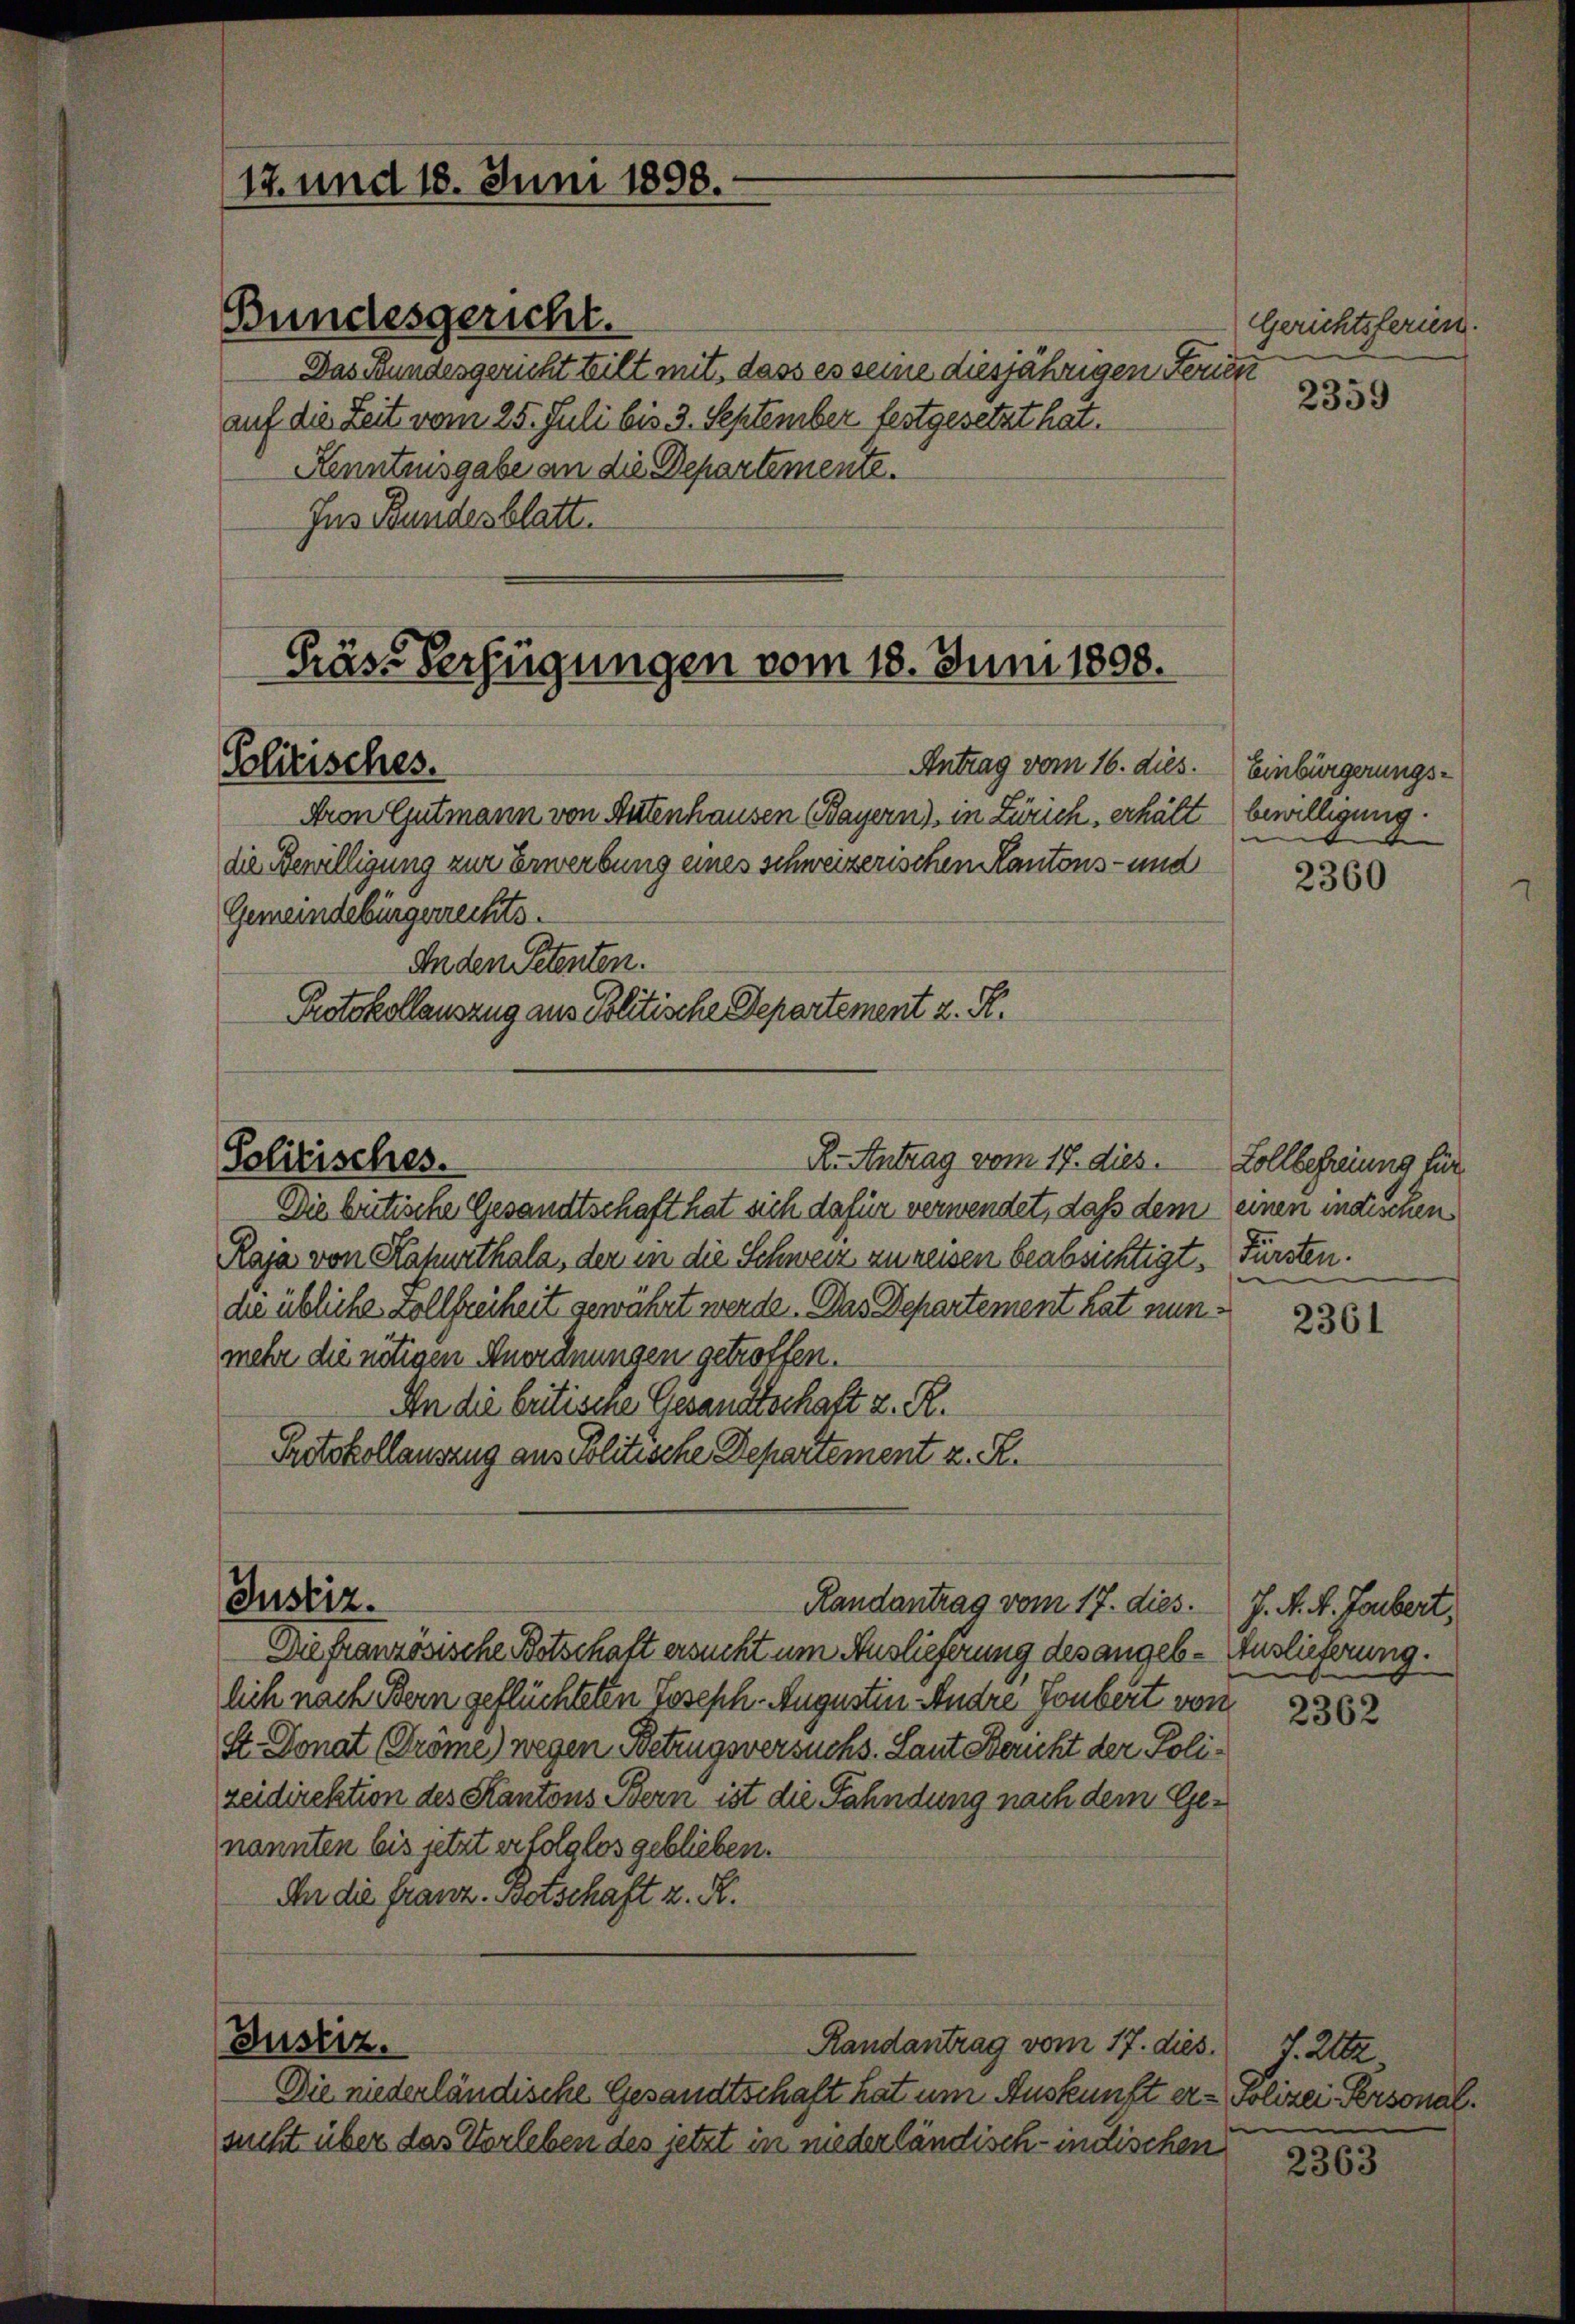
Das Bundesgericht teilt mit dass es seine diesjährigen Ferien
auf die Zeit vom 25. Juli bis 3. September festgesetzt hat.
Kenntnisgabe an die Departemente.
Ins Bundesblatt

14. und 18. Juni 1898.

Präse Verfügungen vom 18. Juni 1808.
Solitisches.
Antrag vom 16. dies.
Aron Gutmann von Stutenhausen Bayern), in Zürich, erhält bewilligung.

die Bewilligung zur Erwerbung eines schweizerischen Kantons- und
Gemeindebürgerrechts.
An den Petenten.
Protokollauszug aus Politische Departement z. R.

Solitisches.

Justiz.

Bundesgericht.

R. Antrag vom 17. dies. Zollbefreiung für

Die niederländische Gesandtschaft hat um Auskunft er - Polizei Personalsucht über das Verleben des jetzt in niederländisch-indischen

Die betische Gesandtschaft hat sich dafür verwendet, daß dem einen indischen
Raja von Kapurthala, der in die Schweiz zu reisen beabsichtigt. Fürsten.
die übliche Zollfreiheit gewährt werde. Das Departement hat nunmehr die nötigen Anordnungen getroffen.
An die britische Gesandtschaft z. R.
Protokollauszug aus Politische Departement z. R.
Justiz.
Randantrag vom 17. dies.
Die Französische Botschaft ersucht um Auslieferung des angeblich nach Bern geflüchteten Joseph. Augusten Andre Gubert von
St. Donat (Dröme) wegen Betrugsversuchs. Laut Bericht der Polizeidirektion des Kantons Bern ist die Fahndung nach dem Genannten bis jetzt er folglos geblieben.
An die franz. Botschaft z. R.

Randantrag vom 17. dies. J. Letz

Gerichtsferien.
2359

Einbürgerungs¬

2360

2361

J. K. K. Taubert,
Zuslieferung.

2362

e

2363